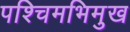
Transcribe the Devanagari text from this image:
पश्चिमभिमुख